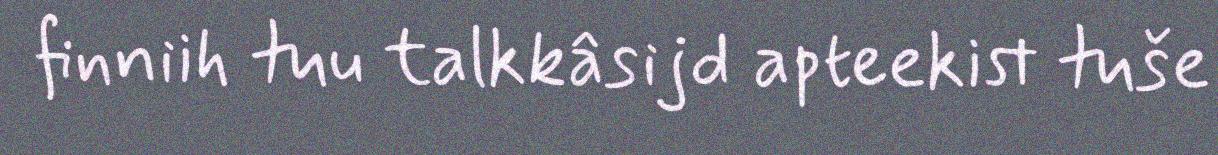
finniih tuu talkkâsijd apteekist tuše